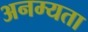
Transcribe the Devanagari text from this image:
अनम्यता